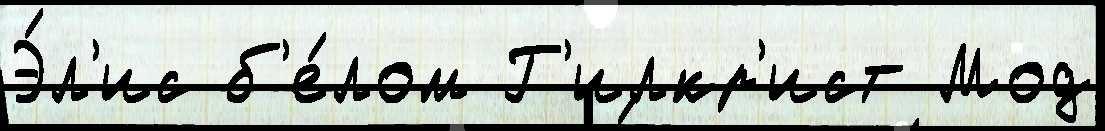
Э́л'ис б'е́лом Г'илкр'ист Мод